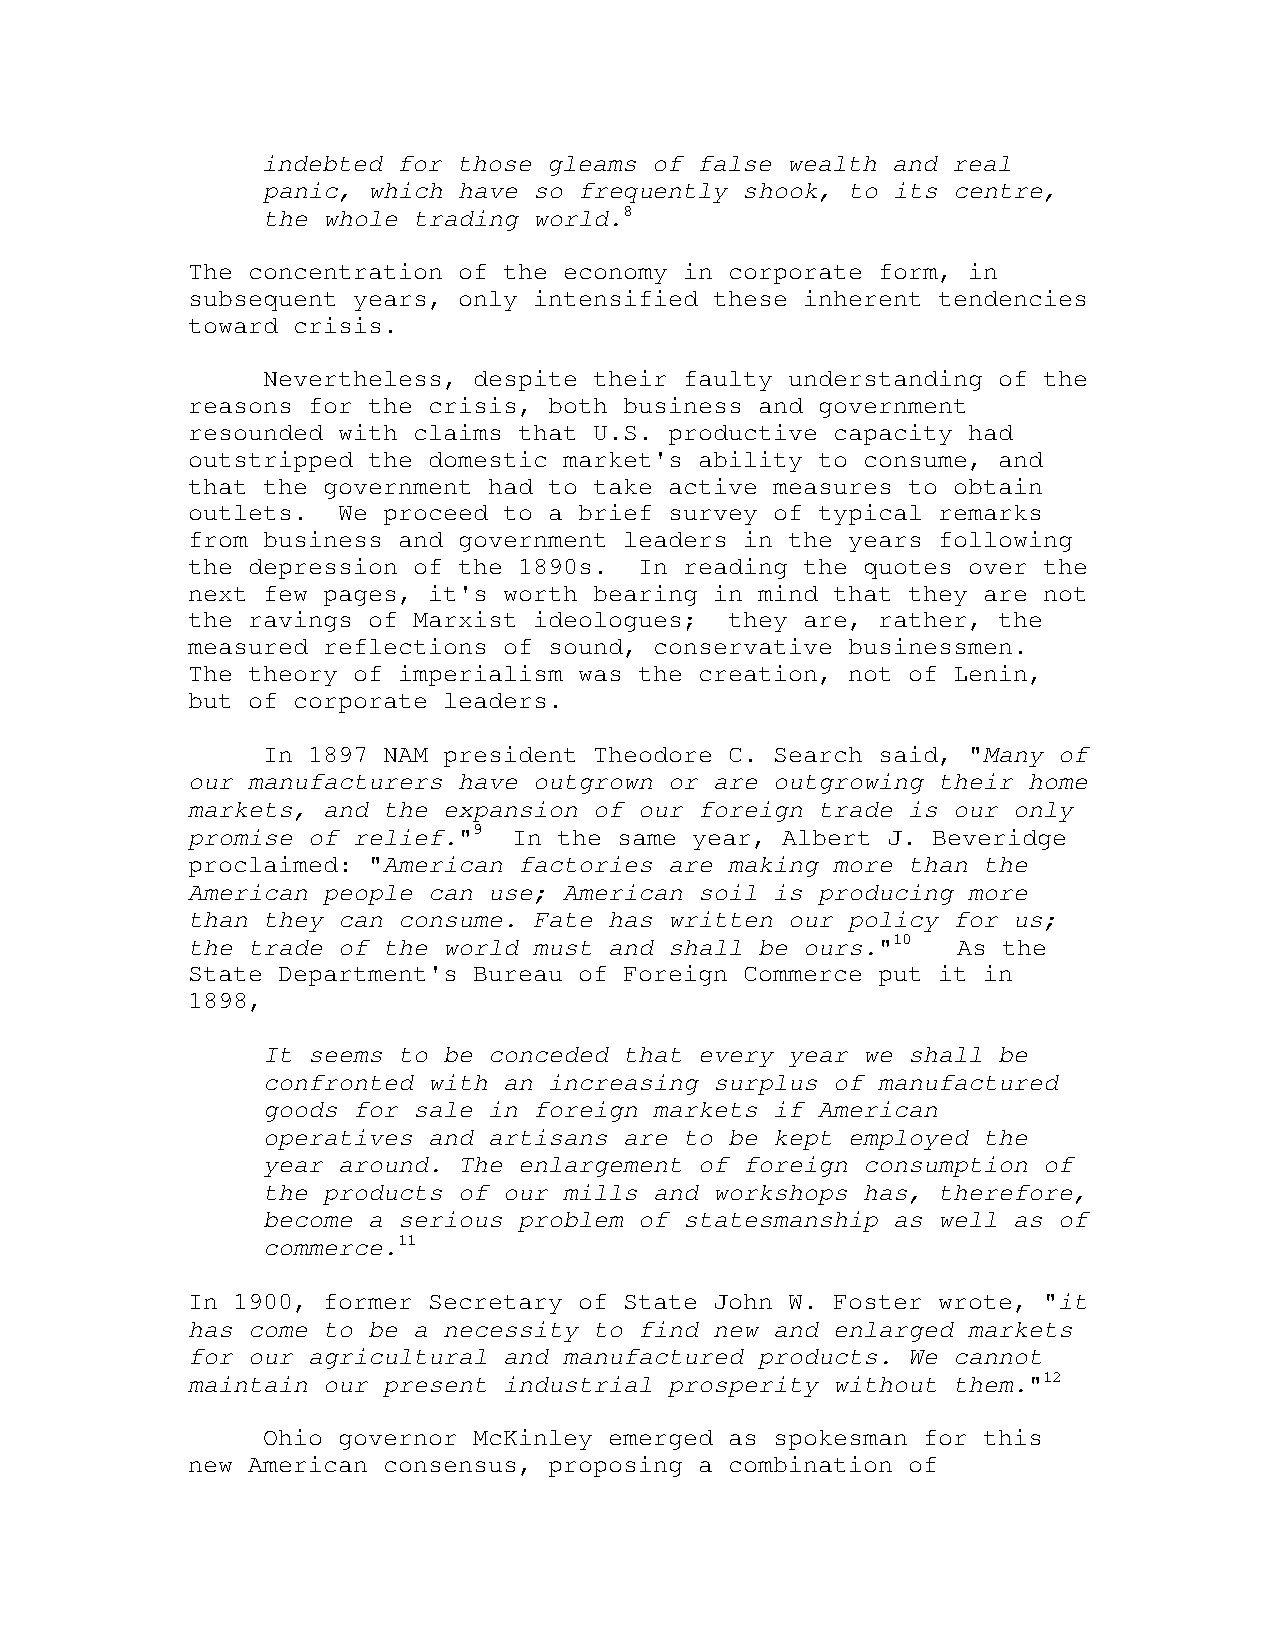
indebted for those gleams of false wealth and real
 panic, which have so frequently shook, to its centre,
 the whole trading world.8
 The concentration of the economy in corporate form, in
 subsequent years, only intensified these inherent tendencies
 toward crisis.
 Nevertheless, despite their faulty understanding of the
 reasons for the crisis, both business and government
 resounded with claims that U.S. productive capacity had
 outstripped the domestic market's ability to consume, and
 that the government had to take active measures to obtain
 outlets.  We proceed to a brief survey of typical remarks
 from business and government leaders in the years following
 the depression of the 1890s.  In reading the quotes over the
 next few pages, it's worth bearing in mind that they are not
 the ravings of Marxist ideologues;  they are, rather, the
 measured reflections of sound, conservative businessmen.
 The theory of imperialism was the creation, not of Lenin,
 but of corporate leaders.
 In 1897 NAM president Theodore C. Search said, "Many of
 our manufacturers have outgrown or are outgrowing their home
 markets, and the expansion of our foreign trade is our only
 promise of relief."9  In the same year, Albert J. Beveridge
 proclaimed: "American factories are making more than the
 American people can use; American soil is producing more
 than they can consume. Fate has written our policy for us;
 the trade of the world must and shall be ours."10  As the
 State Department's Bureau of Foreign Commerce put it in
 1898,
 It seems to be conceded that every year we shall be
 confronted with an increasing surplus of manufactured
 goods for sale in foreign markets if American
 operatives and artisans are to be kept employed the
 year around. The enlargement of foreign consumption of
 the products of our mills and workshops has, therefore,
 become a serious problem of statesmanship as well as of
 commerce.11
 In 1900, former Secretary of State John W. Foster wrote, "it
 has come to be a necessity to find new and enlarged markets
 for our agricultural and manufactured products. We cannot
 maintain our present industrial prosperity without them."12
 Ohio governor McKinley emerged as spokesman for this
 new American consensus, proposing a combination of